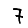
Digit: 7